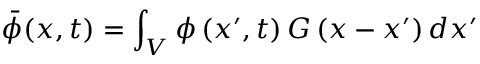
\bar { \phi } ( x , t ) = \int _ { V } \phi \left( x ^ { \prime } , t \right) G \left( x - x ^ { \prime } \right) d x ^ { \prime }